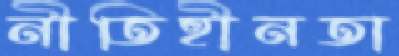
নীতিহীনতা